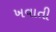
ખવાતી